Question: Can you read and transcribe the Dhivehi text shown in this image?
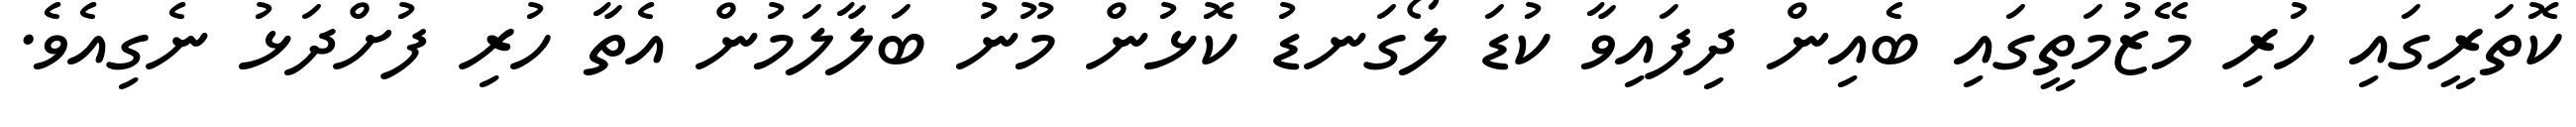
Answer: ކޮތަރީގައި ހުރި މޭޒުމަތީގައި ބެއިން ދިފައިވާ ކުޑަ ލޯގަނޑު ކޮޅުން މޫނު ބަލާލަމުން އެތާ ހުރި ފުށްދަޅު ނެގިއެވެ.